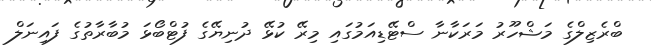
ބްރެޒިލްގެ މަޝްހޫރު މަރަކާނާ ސްޓޭޑިއަމުގައި މިރޭ ކުޅޭ ދުނިޔޭގެ ފުޓްބޯޅަ މުބާރާތުގެ ފައިނަލް